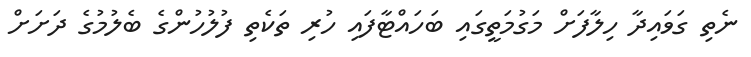
ނެތި ގަވައިދާ ހިލާފަށް މަގުމަތީގައި ބަހައްޓާފައި ހުރި ތަކެތި ފުލުހުންގެ ބެލުމުގެ ދަށަށް